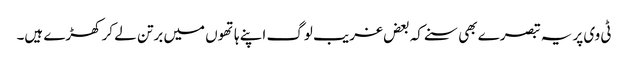
ٹی وی پر یہ تبصرے بھی سنے کہ بعض غریب لوگ اپنے ہاتھوں میں برتن لے کر کھڑے ہیں۔